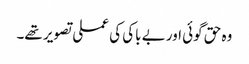
وہ حق گوئی اور بے باکی کی عملی تصویر تھے۔